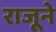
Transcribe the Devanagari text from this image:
राजूने